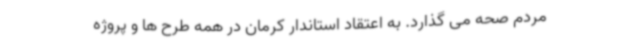
مردم صحه می گذارد. به اعتقاد استاندار کرمان در همه طرح ها و پروژه